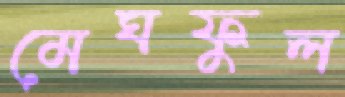
মেঘফুল